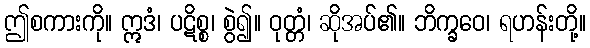
ဤစကားကို။ ဣဒံ၊ ပဋိစ္စ၊ စွဲ၍။ ဝုတ္တံ၊ ဆိုအပ်၏။ ဘိက္ခဝေ၊ ရဟန်းတို့။